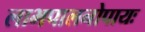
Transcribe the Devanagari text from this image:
लाभपालनोपायः